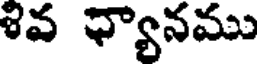
వ ఛ్యానము